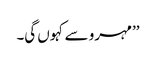
’’مہرو سے کہوں گی۔